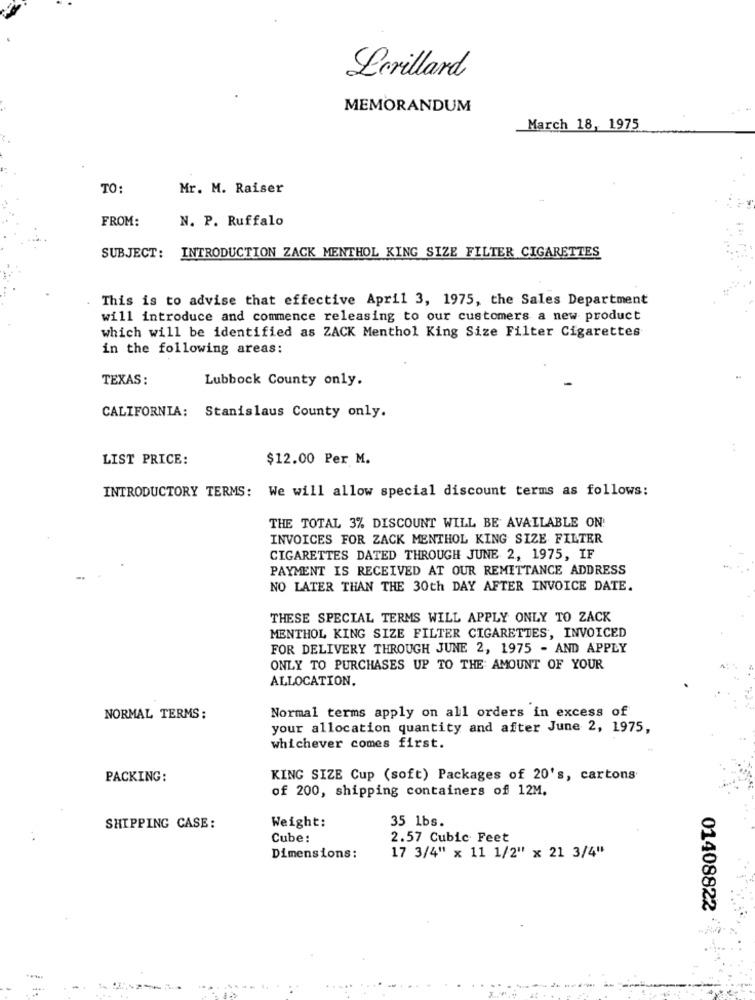
Levillard
MEMORANDUM
March 18, 1975
TO:
Mr. M. Raiser
FROM:
N. P. Ruffalo
SUBJECT: INTRODUCTION ZACK MENTHOL KING SIZE FILTER CIGARETTES
This is to advise that effective April 3, 1975, the Sales Department
will introduce and commence releasing to our customers a new product
which will be identified as ZACK Menthol King Size Filter Cigarettes
in the following areas:
TEXAS :
Lubbock County only.
CALIFORNIA: Stanislaus County only.
LIST PRICE:
$12.00 Per M.
INTRODUCTORY TERMS: We will allow special discount terms as follows:
THE TOTAL 3% DISCOUNT WILL BE AVAILABLE ON
INVOICES FOR ZACK MENTHOL KING SIZE FILTER
CIGARETTES DATED THROUGH JUNE 2, 1975, IF
PAYMENT IS RECEIVED AT OUR REMITTANCE ADDRESS
NO LATER THAN THE 30th DAY AFTER INVOICE DATE.
THESE SPECIAL TERMS WILL APPLY ONLY TO ZACK
MENTHOL KING SIZE FILTER CIGARETTES, INVOICED
FOR DELIVERY THROUGH JUNE 2, 1975 - AND APPLY
ONLY TO PURCHASES UP TO THE AMOUNT OF YOUR
ALLOCATION.
Normal terms apply on all orders in excess of
NORMAL TERMS:
your allocation quantity and after June 2, 1975,
whichever comes first.
PACKING:
KING SIZE Cup (soft) Packages of 20's, cartons
of 200, shipping containers of 12M.
35 lbs.
SHIPPING CASE:
Weight:
Cube:
2.57 Cubic Feet
Dimensions:
17 3/4" x 11 1/2" x 21 3/4"
01408822